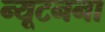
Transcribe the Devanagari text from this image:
न्यूटनना